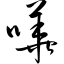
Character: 哗